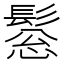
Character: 𩭤